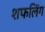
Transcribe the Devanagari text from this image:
शफलिंग